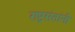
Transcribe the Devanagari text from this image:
राष्ट्रसंतांनी